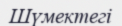
Шүмектегі